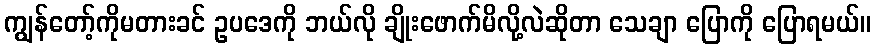
ကျွန်တော့်ကိုမတားခင် ဥပဒေကို ဘယ်လို ချိုးဖောက်မိလို့လဲဆိုတာ သေချာ ပြောကို ပြောရမယ်။